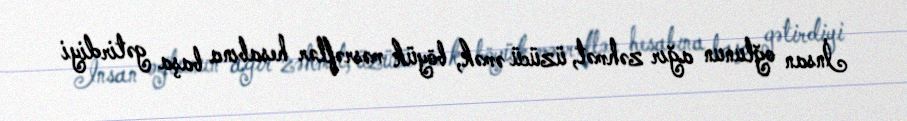
İnsan oğlunun ağır zəhmət, üzücü əmək, böyük məsrəflər hesabına başa gətirdiyi